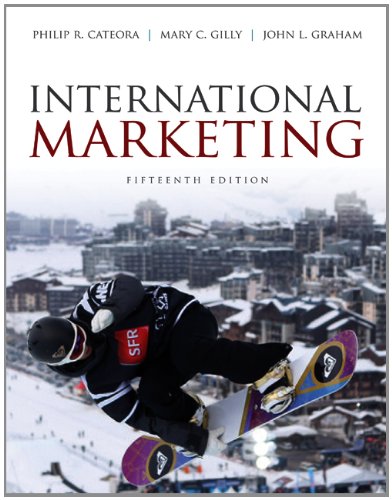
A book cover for International Marketing; Philip Cateora; Business & Money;